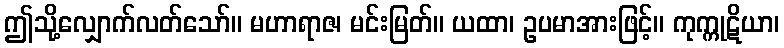
ဤသို့လျှောက်လတ်သော်။ မဟာရာဇ၊ မင်းမြတ်။ ယထာ၊ ဥပမာအားဖြင့်။ ကုက္ကုဋိယာ၊